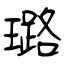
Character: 璐